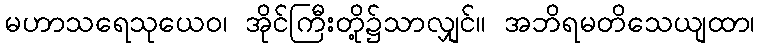
မဟာသရေသုယေဝ၊ အိုင်ကြီးတို့၌သာလျှင်။ အဘိရမတိသေယျထာ၊